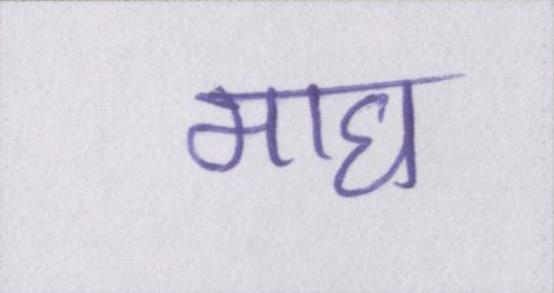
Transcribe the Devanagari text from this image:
माघ